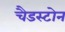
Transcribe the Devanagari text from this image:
चैडस्टोन